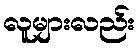
လူများလည်း